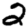
Digit: 2